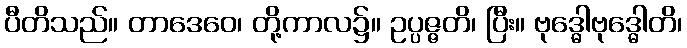
ပီတိသည်။ တာဒေဝေ၊ တို့ကာလ၌။ ဥပ္ပဇ္ဇတိ၊ ပြီး။ ဗုဒ္ဓေါဗုဒ္ဓေါတိ၊